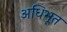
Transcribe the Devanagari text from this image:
अधिभूत